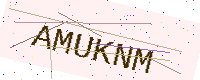
Text: AMUKNM